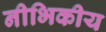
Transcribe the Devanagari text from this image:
नीभिकीय